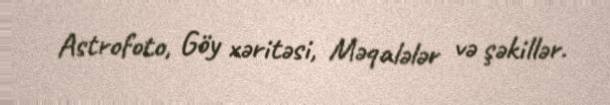
Astrofoto, Göy xəritəsi, Məqalələr və şəkillər.